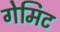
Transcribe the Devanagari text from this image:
गेमिट